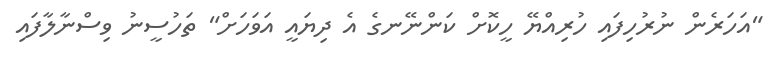
"އަހަރެން ނުރުހިފައި ހުރިއްޔޭ ހީކޮށް ކަންނޭނގެ އެ ދިޔައީ އަވަހަށް" ތަހުސީނު ވިސްނާލާފައި